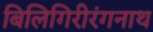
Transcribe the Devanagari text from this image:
बिलिगिरीरंगनाथ